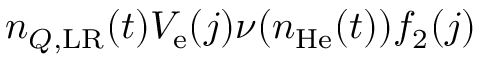
n _ { Q , \mathrm { L R } } ( t ) V _ { \mathrm { e } } ( j ) \nu ( n _ { \mathrm { H e } } ( t ) ) f _ { 2 } ( j )